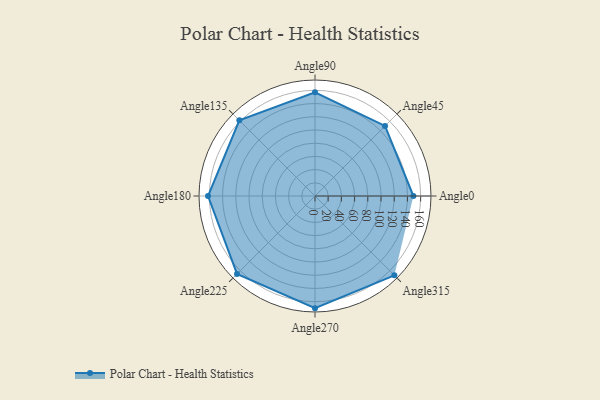
{"axis": {"x": "Angle", "y": "Radius"}, "legend": [""], "data": [{"x": "Angle0", "y": 149.0, "type": ""}, {"x": "Angle45", "y": 150.0, "type": ""}, {"x": "Angle90", "y": 157.0, "type": ""}, {"x": "Angle135", "y": 162.0, "type": ""}, {"x": "Angle180", "y": 162.0, "type": ""}, {"x": "Angle225", "y": 167.0, "type": ""}, {"x": "Angle270", "y": 170, "type": ""}, {"x": "Angle315", "y": 170, "type": ""}]}